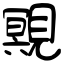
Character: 覭